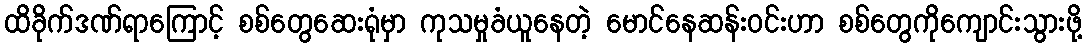
ထိခိုက်ဒဏ်ရာကြောင့် စစ်တွေဆေးရုံမှာ ကုသမှုခံယူနေတဲ့ မောင်နေဆန်းဝင်းဟာ စစ်တွေကိုကျောင်းသွားဖို့